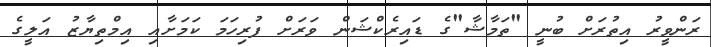
ރަންވީރު އިތުރަށް ބުނީ "ތަމާޝާ"ގެ ޑައިރެކްޝަން ވަރަށް ފުރިހަމަ ކަމަށާއި އިމްތިޔާޒު އަލީގެ